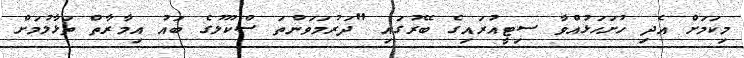
މިކަމަށް އެދި ހުށަހަޅުއްވާ ސިޓީއުރައިގެ ބޭރުގައި "ދަރުމަވަންތަ ސްކޫލުގެ ބައު އިމާރާތް ތަޅާލުމަށް